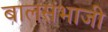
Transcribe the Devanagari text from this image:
बालसंभाजी